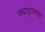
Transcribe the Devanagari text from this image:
पद्मपुराणांक